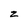
Character: z